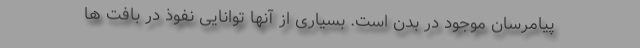
پیامرسان موجود در بدن است. بسیاری از آنها توانایی نفوذ در بافت ها